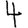
Digit: 4